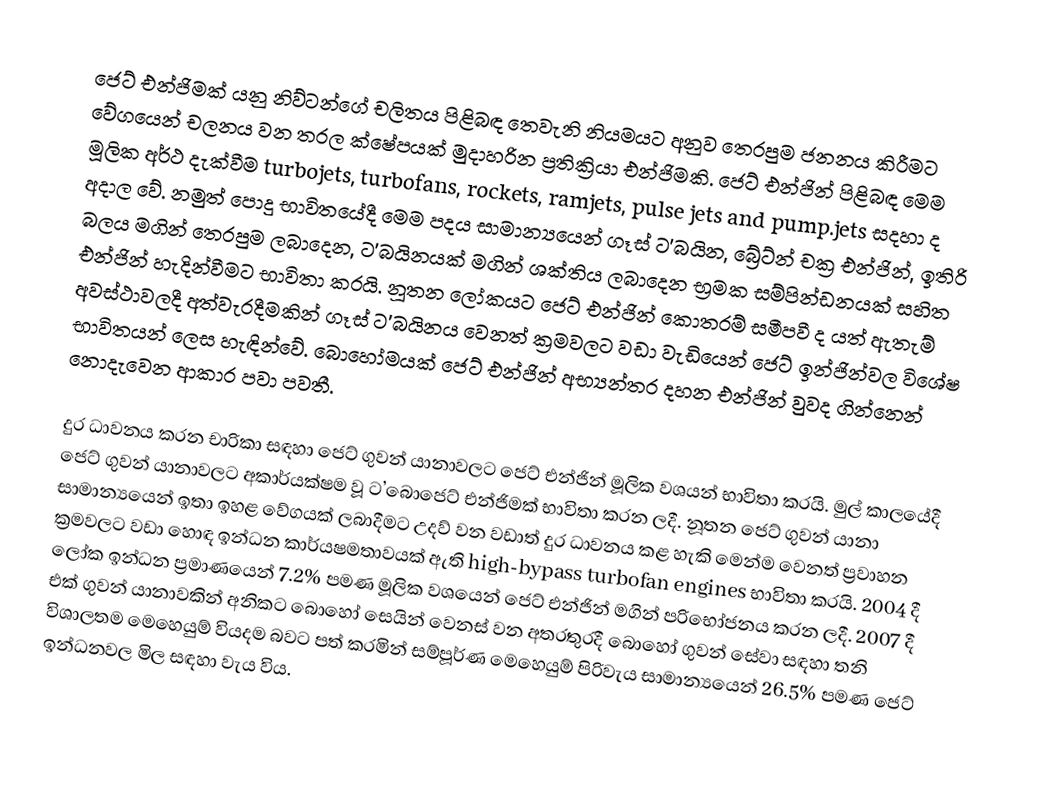
ජෙට් එන්ජිමක් යනු නිව්ටන්ගේ චලිතය පිළිබඳ තෙවැනි නියමයට අනුව තෙරපුම ජනනය කිරීමට වේගයෙන් චලනය වන තරල ක්ෂේපයක් මුදාහරින ප්‍රතික්‍රියා එන්ජිමකි. ජෙට් එන්ජින් පිළිබඳ මෙම මූලික අර්ථ දැක්වීම turbojets, turbofans, rockets, ramjets, pulse jets and pump.jets සදහා ද අදාල වේ. නමුත් පොදු භාවිතයේදී මෙම පදය සාමාන්‍යයෙන් ගෑස් ට’බයින, බ්‍රේට්න් චක්‍ර එන්ජින්, ඉතිරි බලය  මගින් තෙරපුම ලබාදෙන, ට’බයිනයක් මගින් ශක්තිය ලබාදෙන භ්‍රමක සම්පින්ඩනයක් සහිත එන්ජින් හැදින්වීමට භාවිතා කරයි. නූතන ලෝකයට ජෙට් එන්ජින් කොතරම් සමීපවී ද යත් ඇතැම් අවස්ථාවලදී අත්වැරදීමකින් ගෑස් ට’බයිනය වෙනත් ක්‍රමවලට වඩා වැඩියෙන් ජෙට් ඉන්ජින්වල විශේෂ භාවිතයන් ලෙස හැඳින්වේ. බොහෝමයක් ජෙට් එන්ජින් අභ්‍යන්තර දහන එන්ජින් වුවද ගින්නෙන් නොදැවෙන ආකාර පවා පවතී.

දුර ධාවනය කරන චාරිකා සඳහා ජෙට් ගුවන් යානාවලට ජෙට් එන්ජින් මූලික වශයන් භාවිතා කරයි. මුල් කාලයේදී ජෙට් ගුවන් යානාවලට අකාර්යක්ෂම වූ ට’බොජෙට් එන්ජිමක් භාවිතා කරන ලදී. නූතන ජෙට් ගුවන් යානා සාමාන්‍යයෙන් ඉතා ඉහළ වේගයක් ලබාදීමට උදව් වන වඩාත් දුර ධාවනය කළ හැකි මෙන්ම වෙනත් ප්‍රවාහන ක්‍රමවලට වඩා හොඳ ඉන්ධන කාර්යෂමතාවයක් ඇති high-bypass turbofan engines භාවිතා කරයි. 2004 දී ලෝක ඉන්ධන ප්‍රමාණයෙන් 7.2% පමණ මූලික වශයෙන් ජෙට් එන්ජින් මගින් පරිභෝජනය කරන ලදී. 2007 දී එක් ගුවන් යානාවකින් අනිකට බොහෝ සෙයින් වෙනස් වන අතරතුරදී බොහෝ ගුවන් සේවා සඳහා තනි විශාලතම මෙහෙයුම් වියදම බවට පත් කරමින් සම්ප‍ූර්ණ මෙහෙයුම් පිරිවැය සාමාන්‍යයෙන් 26.5% පමණ ජෙට් ඉන්ධනවල මිල සඳහා වැය විය.